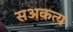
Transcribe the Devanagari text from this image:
सअकत्य